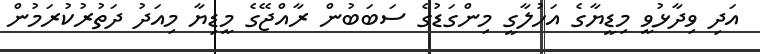
އަދި ވިދާޅުވީ މިޑީޔާގެ އަހުލާގީ މިންގަޑުގެ ސަބަބުން ރާއްޖޭގެ މީޑިޔާ މިއަދު ދަތުރުކުރަމުން